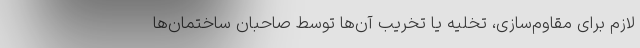
لازم برای مقاوم‌سازی، تخلیه یا تخریب آن‌ها توسط صاحبان ساختمان‌ها